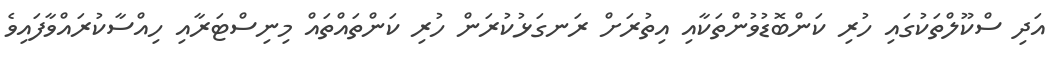
އަދި ސްކޫލްތަކުގައި ހުރި ކަންބޮޑުވުންތަކާއި އިތުރަށް ރަނގަޅުކުރަން ހުރި ކަންތައްތައް މިނިސްޓަރާއި ހިއްސާކުރައްވާފައިވެ